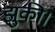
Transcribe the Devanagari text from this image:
झुकी।